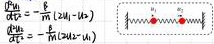
\begin{align*}
\frac{d u_1}{d t} &= \frac{k}{m}(2 u_2 - u_1) \\
\frac{d u_2}{d t} &= \frac{k}{m}(2 u_1 - u_2)
\end{align*}
\begin{tikzpicture}[scale=0.8]
    \draw[thick] (0,0) -- (3,0);
    \draw[fill=red] (1,0) circle (0.1);
    \draw[fill=red] (2,0) circle (0.1);
    \node at (0.5,0.2) {$k$};
    \node at (1.5,0.2) {$k$};
    \node at (2.5,0.2) {$k$};
    \node at (1,-0.2) {$u_1$};
    \node at (2,-0.2) {$u_2$};
\end{tikzpicture}